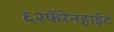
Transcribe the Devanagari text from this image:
६२फॅरेनहाईट